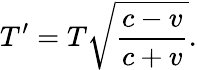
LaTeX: T^{\prime}=T{\sqrt{\frac{c-v}{c+v}}}.